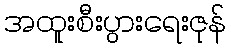
အထူးစီးပွားရေးဇုန်